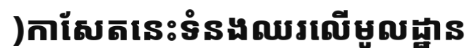
)កាសែតនេះទំនងឈរលើមូលដ្ឋាន